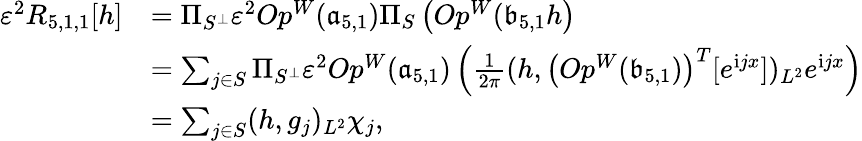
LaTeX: \begin{array}{rl}{\varepsilon^{2}R_{5,1,1}[h]}&{=\Pi_{S^{\perp}}\varepsilon^{2}Op^{W}(\mathfrak{a}_{5,1})\Pi_{S}\left(Op^{W}(\mathfrak{b}_{5,1}h\right)}\\ &{=\sum_{j\in S}\Pi_{S^{\perp}}\varepsilon^{2}Op^{W}(\mathfrak{a}_{5,1})\left(\frac{1}{2\pi}(h,\left(Op^{W}(\mathfrak{b}_{5,1})\right)^{T}[e^{\mathrm{i}jx}])_{L^{2}}e^{\mathrm{i}jx}\right)}\\ &{=\sum_{j\in S}(h,g_{j})_{L^{2}}\chi_{j},}\end{array}